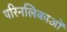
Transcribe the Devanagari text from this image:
परिनलिकाओं